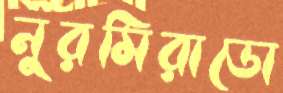
নুরমিরাডো